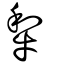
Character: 犂